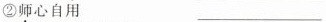
②师心自用 ___